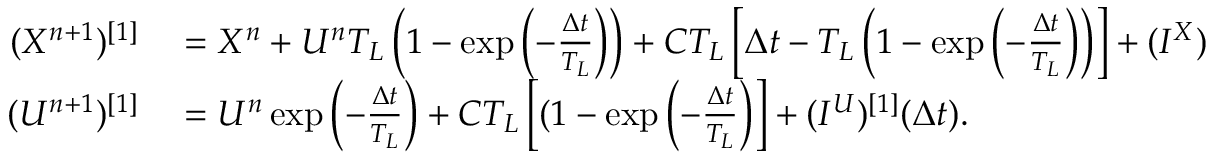
\begin{array} { r l } { ( X ^ { n + 1 } ) ^ { [ 1 ] } } & { { } = X ^ { n } + U ^ { n } T _ { L } \left( 1 - \exp \left( - \frac { \Delta t } { T _ { L } } \right) \right) + C T _ { L } \left[ \Delta t - T _ { L } \left( 1 - \exp \left( - \frac { \Delta t } { T _ { L } } \right) \right) \right] + ( I ^ { X } ) ^ { [ 1 ] } ( \Delta t ) ~ , } \\ { ( U ^ { n + 1 } ) ^ { [ 1 ] } } & { { } = U ^ { n } \exp \left( - \frac { \Delta t } { T _ { L } } \right) + C T _ { L } \left[ ( 1 - \exp \left( - \frac { \Delta t } { T _ { L } } \right) \right] + ( I ^ { U } ) ^ { [ 1 ] } ( \Delta t ) . } \end{array}